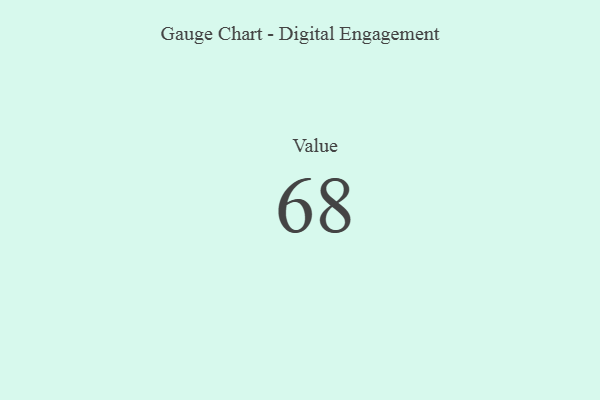
{"axis": {"x": "Metric", "y": "Value"}, "legend": [""], "data": [{"x": "Value", "y": 68, "type": ""}]}